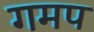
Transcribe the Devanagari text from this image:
गमप